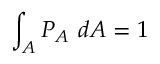
\int _ { A } P _ { A } ~ d A = 1